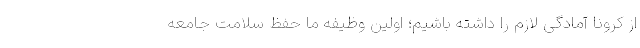
از کرونا آمادگی لازم را داشته باشیم؛ اولین وظیفه ما حفظ سلامت جامعه